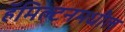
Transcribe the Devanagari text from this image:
हॅमिल्टनमधील